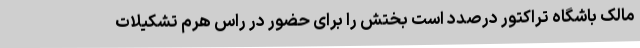
مالک باشگاه تراکتور درصدد است بختش را برای حضور در راس هرم تشکیلات